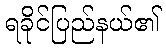
ရခိုင်ပြည်နယ်၏